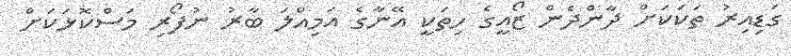
ގަޑިއިރު ތަކަކަށް ދާންދެން ޒޯއީގެ ހިތަކީ އޭނާގެ އަމިއްލަ ބާރު ނުފޯރި މަސްކޮޅަކަށް